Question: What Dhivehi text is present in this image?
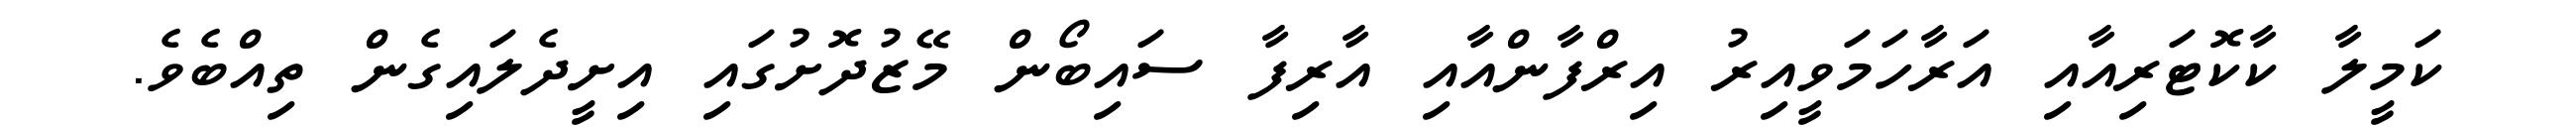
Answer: ކަމީލާ ކާކޮޓަރިއާއި އަރާހަމަވީއިރު އިރްފާންއާއި އާރިފާ ސައިބޯން މޭޒުދޮށުގައި އިށީދެލައިގެން ތިއްބެވެ.